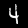
Label: 4